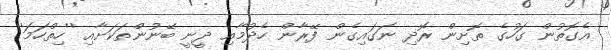
އެގޮތުން ގަހުގެ ތޮށިން ރޮދި ނަގައިގެން ފޭރާން ހެދުމާއި ދީނީ ބޭނުންތަކަށާއި ''ހިތްހަމަ''